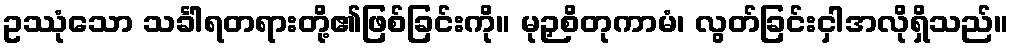
ဥဿုံသော သင်္ခါရတရားတို့၏ဖြစ်ခြင်းကို။ မုဉှစိတုကာမံ၊ လွတ်ခြင်းငှါအလိုရှိသည်။